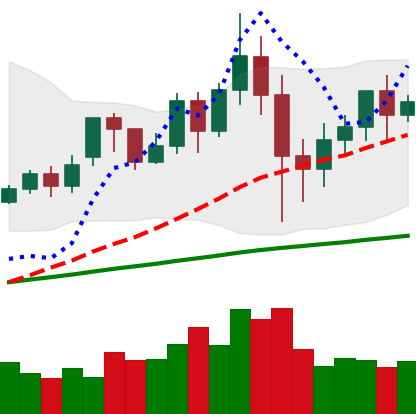
Ticker: XMR-USD
Chart end date: 2020-12-02
Forward return: 8.621%
Label: up_7plus